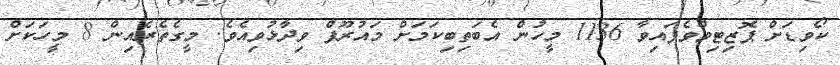
ކޯވިޑަށް ޕޮޒިޓިވްވެފައިވާ 1136 މީހުން އެބަތިބިކަމަށް މައުރޫފް ވިދާޅުވިއެވެ. މީގެތެރެއިން 8 މީހަކަށް